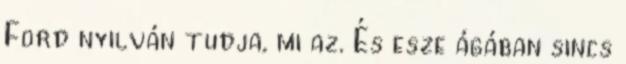
Ford nyilván tudja, mi az. És esze ágában sincs